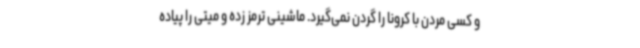
و کسی مردن با کرونا را گردن نمی‌گیرد. ماشینی ترمز زده و میتی را پیاده